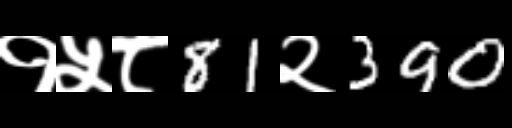
Text: १५८81२390